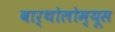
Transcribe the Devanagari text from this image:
बार्थोलोम्यूस